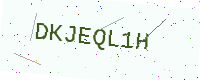
Text: DKJEQL1H